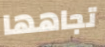
تجاهها